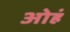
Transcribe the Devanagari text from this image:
ओहं